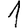
Digit: 1